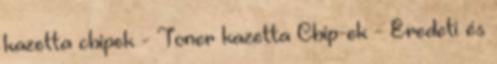
kazetta chipek - Toner kazetta Chip-ek - Eredeti és